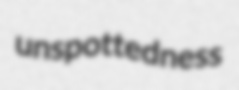
unspottedness